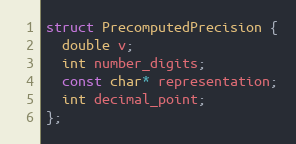
Language: C
struct PrecomputedPrecision {
  double v;
  int number_digits;
  const char* representation;
  int decimal_point;
};